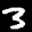
Label: 3